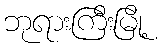
ဘုရားကြီးမြို့